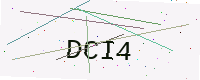
Text: DCI4